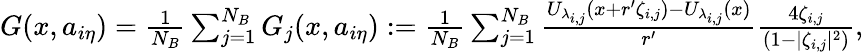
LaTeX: \begin{array}{r}{G(x,a_{i\eta})=\frac{1}{N_{B}}\sum_{j=1}^{N_{B}}G_{j}(x,a_{i\eta}):=\frac{1}{N_{B}}\sum_{j=1}^{N_{B}}\frac{U_{\lambda_{i,j}}\left(x+r^{\prime}\zeta_{i,j}\right)-U_{\lambda_{i,j}}\left(x\right)}{r^{\prime}}\frac{4\zeta_{i,j}}{(1-|\zeta_{i,j}|^{2})},}\end{array}